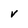
Character: v